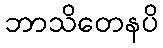
ဘာသိတေနပိ